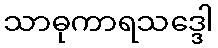
သာဓုကာရသဒ္ဒေါ